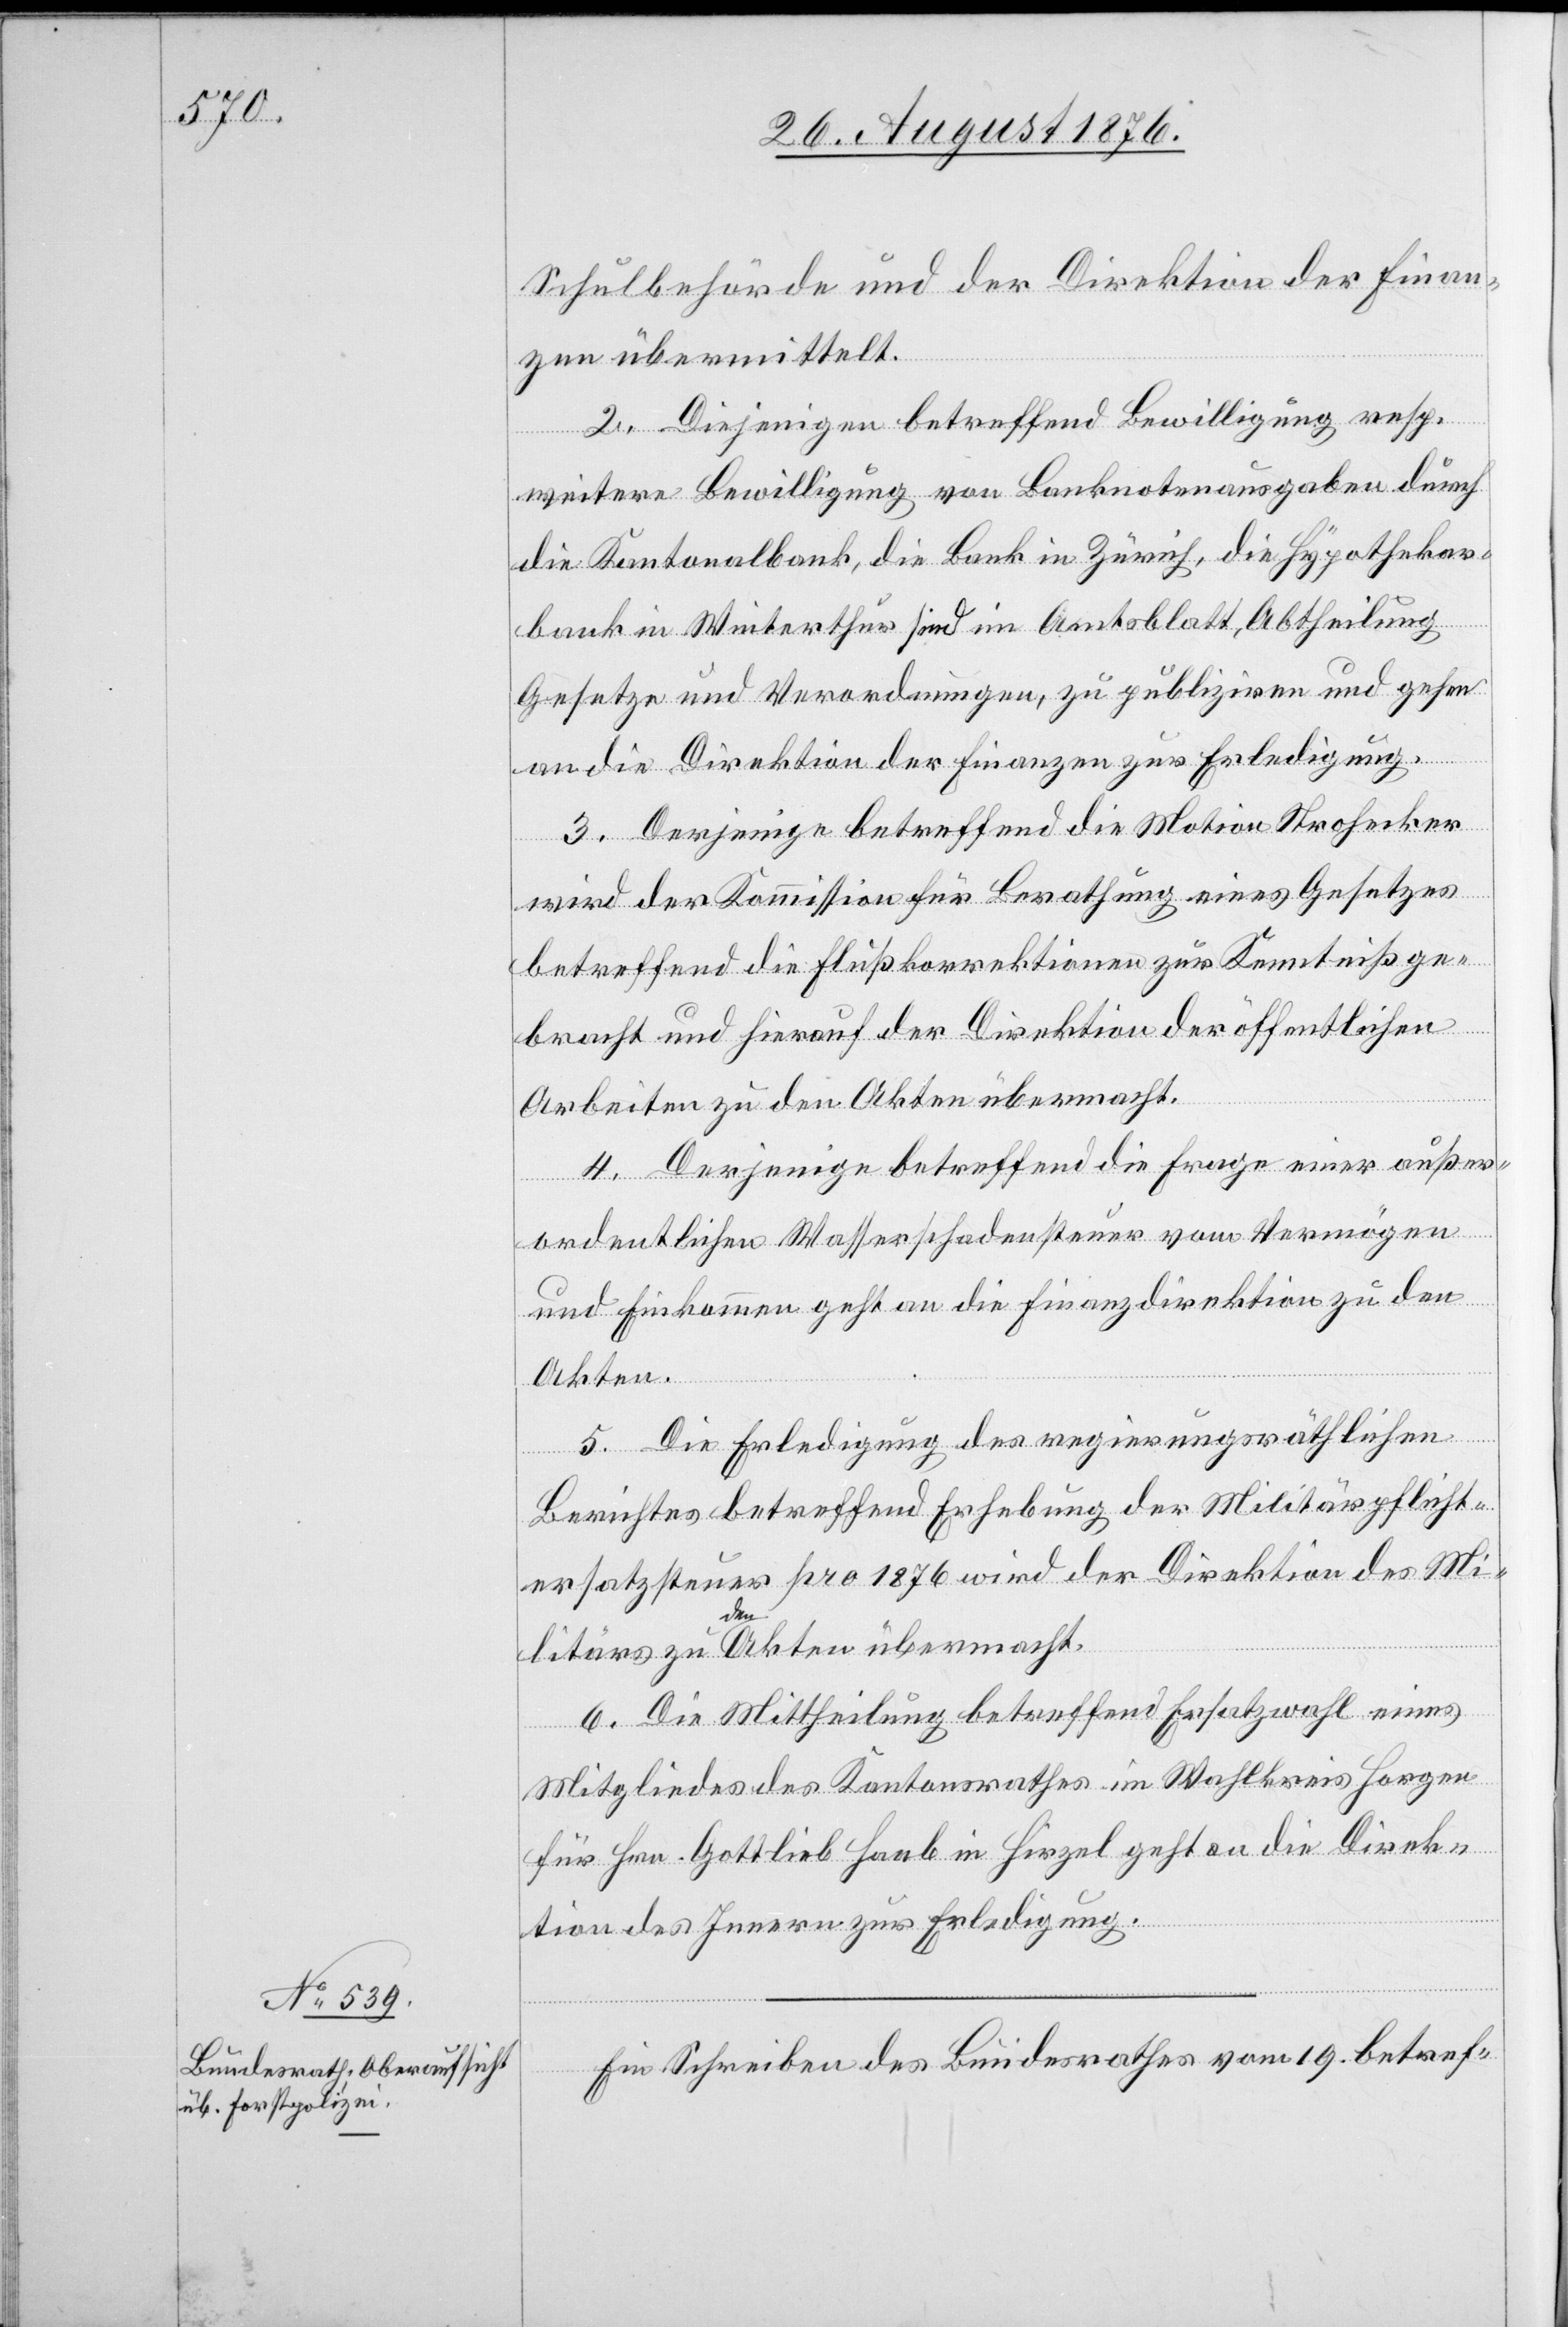
Schulbehörde und der Direktion der Finan¬
zen übermittelt.
2. Diejenigen betreffend Bewilligung resp.
weitern Bewilligung von Banknotenausgaben durch
die Kantonalbank, die Bank in Zürich, die Hypothekar¬
bank in Winterthur sind im Amtsblatt, Abtheilung
Gesetze und Verordnungen, zu publiziren und gehen
an die Direktion der Finanzen zur Erledigung.
3. Derjenige betreffend die Motion Strohecker
wird der Kommission für Berathung eines Gesetzes
betreffend die Flußkorrektionen zur Kenntniß ge¬
bracht und hierauf der Direktion der öffentlichen
Arbeiten zu den Akten übermacht.
4. Derjenige betreffend die Frage neuer außer¬
ordentlichen Wasserschadensteuer vom Vermögen
und Einkommen geht an die Finanzdirektion zu den
Akten.
5. Die Erledigung des regierungsräthlichen
Berichtes betreffend Erhebung der Militärpflicht¬
ersatzsteuer pro 1876 wird der Direktion des Mi¬
litärs zu den Akten übermacht.
6. Die Mittheilung betreffend Ersatzwahl eines
Mitgliedes des Kantonsrathes im Wahlkreis Horgen
für Hrn. Gottlieb Haab in Hirzel geht an die Direk¬
tion des Innern zur Erledigung.
Ein Schreiben des Bundesrathes vom 19. betref-